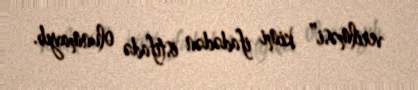
verilməsi” kimi ifadədən istifadə olunmayıb.